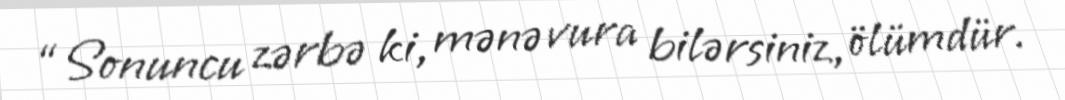
“Sonuncu zərbə ki, mənə vura bilərsiniz, ölümdür.